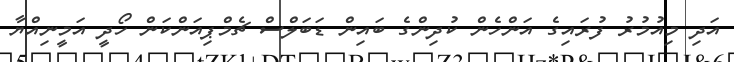
އަދި މިއުމުރު ފުރައިގެ އަންހެން ކުދިންގެ ބައިން ޑަބަލްސްް ޗެމްޕިއަންކަން ހޯދީ އަމީނިއްޔާ